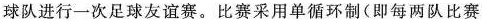
球队进行一次足球友谊赛。比赛采用单循环制(即每两队比赛